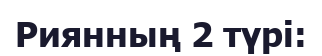
Риянның 2 түрі: